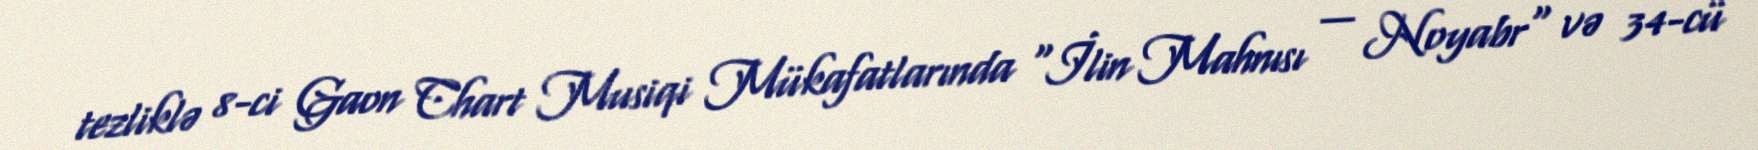
tezliklə 8-ci Gaon Chart Musiqi Mükafatlarında "İlin Mahnısı — Noyabr" və 34-cü